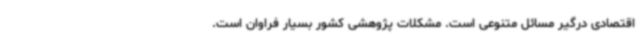
اقتصادی درگیر مسائل متنوعی است. مشکلات پژوهشی کشور بسیار فراوان است.